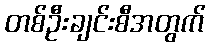
တစ်ဦးချင်းစီအတွက်